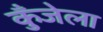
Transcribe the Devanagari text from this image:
कुँजेला